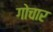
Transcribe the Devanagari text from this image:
गोचार